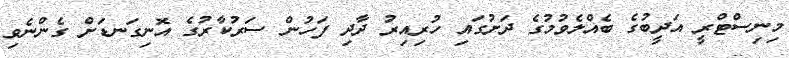
މިނިސްޓްރީ އަދީބުގެ ބެއްލެވުމުގެ ދަށުގައި ހުރިއިރު ދާދި ފަހުން ސަރުކާރުގެ އޮނިގަނޑަށް ގެންނެވި